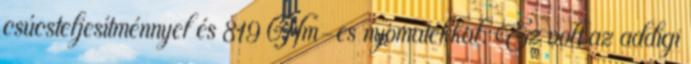
csúcsteljesítménnyel és 819 Nm-es nyomatékkal. Ez volt az addigi